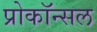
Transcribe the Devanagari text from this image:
प्रोकॉन्सल